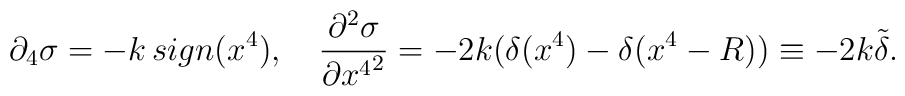
\partial_4 \sigma = -k\, sign(x^4), \quad \frac{\partial^2 \sigma}{\partial  {x^4}^2} =-2k(\delta(x^4) - \delta(x^4-R)) \equiv  -2k\tilde \delta .